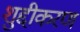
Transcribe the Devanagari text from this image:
शुद्दीकरण